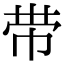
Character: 带